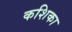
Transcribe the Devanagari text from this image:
कशिका